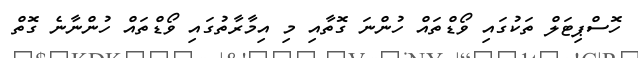
ހޮސްޕިޓަލް ތަކުގައި ވޯޑްތައް ހުންނަ ގޮތާއި މި އިމާރާތުގައި ވޯޑްތައް ހުންނާނެ ގޮތް